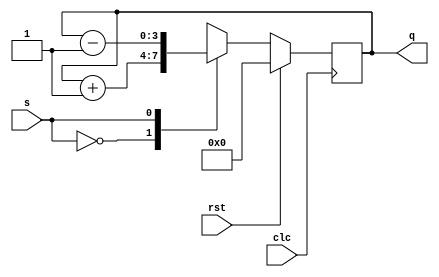
module updown_counter(q,rst,s,clc);
output reg [3:0]q;
input rst,s,clc;
always@(posedge clc)
begin 
  if(rst)
  q<=0;
  else
  case(s)
    1'b0:q<=q+1;
    1'b1:q<=q-1;
    endcase
    end
endmodule